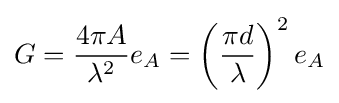
G={\frac {4\pi A}{\lambda ^{2}}}e_{A}=\left({\frac {\pi d}{\lambda }}\right)^{2}e_{A}